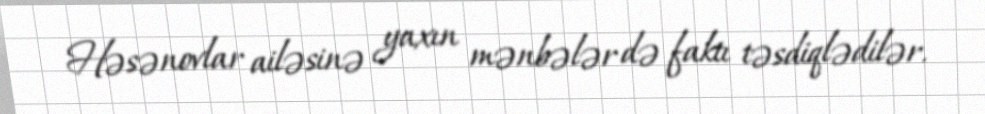
Həsənovlar ailəsinə yaxın mənbələr də faktı təsdiqlədilər.